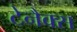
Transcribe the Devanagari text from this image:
टेनैक्स